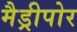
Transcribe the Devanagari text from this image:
मैड्रीपोर